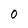
Character: O